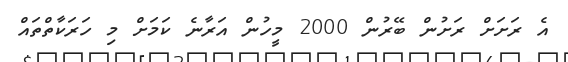
އެ ރަށަށް ރަށުން ބޭރުން 2000 މީހުން އަރާނެ ކަމަށް މި ހަރަކާތްތައް